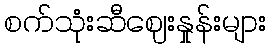
စက်သုံးဆီဈေးနှုန်းများ